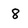
Character: 8